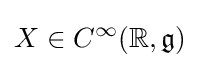
X\in C^{\infty }(\mathbb {R} ,{\mathfrak {g}})